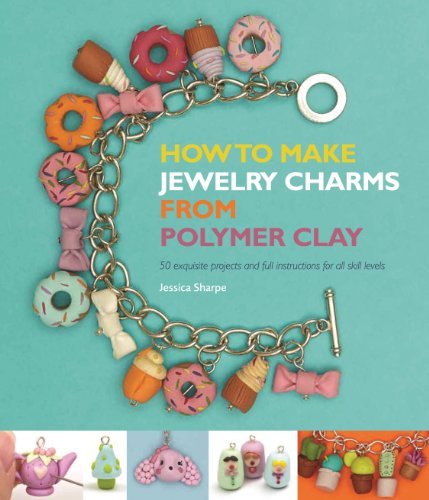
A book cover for How to Make Jewelry Charms from Polymer Clay: 50 Exquisite Projects and Full Instructions for All Skill Levels; Jessica Sharpe; Crafts, Hobbies & Home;